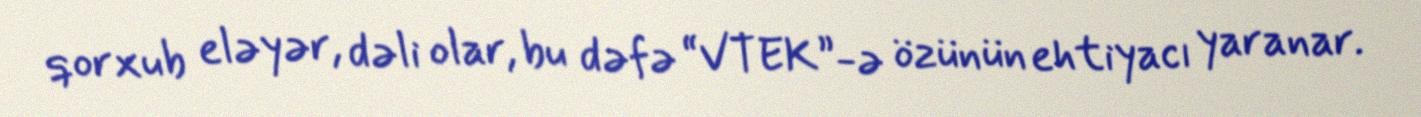
qorxub eləyər, dəli olar, bu dəfə “VTEK”-ə özünün ehtiyacı yaranar.